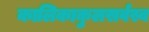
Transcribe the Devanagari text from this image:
कालिकाकुलसर्वस्व